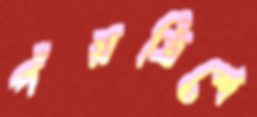
পঁয়ত্রিশে